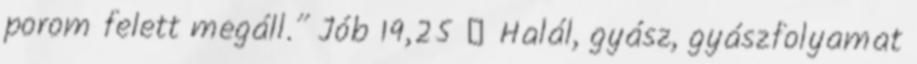
porom felett megáll.” Jób 19,25 ← Halál, gyász, gyászfolyamat